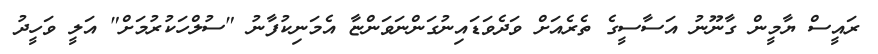
ރައީސް ޔާމީން ގާނޫނު އަސާސީގެ ތެރެއަށް ވަދެވަޑައިނުގަންނަވަންޏާ އެމަނިކުފާނު "ސުލްހަކުރުމަށް" އަލީ ވަހީދު